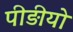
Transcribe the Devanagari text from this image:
पीड़ीयो